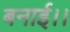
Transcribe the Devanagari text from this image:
बनाई।।